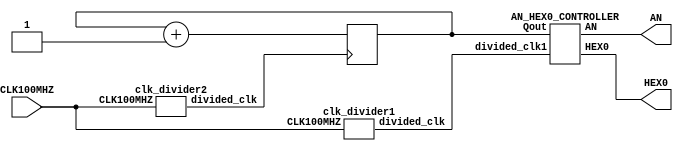
`timescale 1ns / 1ps

module Lab4_Part2(HEX0,AN,CLK100MHZ );
    input CLK100MHZ ; //test benchte 0 dan balat 
    output [0:6] HEX0;
    output [7:0] AN; 
    
    wire divided_clk1 ; 
    wire divided_clk2 ; 
    
    reg [15:0] Qout = 16'b0000000000000000 ; 
    
    clk_divider2 module1 (CLK100MHZ,divided_clk2);
    
    always@(posedge divided_clk2) begin 
        Qout <= Qout +1 ; 
    end 
    
    clk_divider1 module2 (CLK100MHZ,divided_clk1);
    AN_HEX0_CONTROLLER module3 (Qout,divided_clk1,AN,HEX0);
endmodule

module AN_HEX0_CONTROLLER (Qout,divided_clk1,AN,HEX0);

    input [15:0] Qout;
    input divided_clk1;
    output [0:6] HEX0; 
    output [7:0] AN; 
    
    reg [1:0] COUNT = 2'b00;
    reg [7:0] ANN;
    reg [0:6] HEXX; 
    wire [3:0] Part1,Part2,Part3,Part4; 
    
    assign Part1 = Qout[15:12];
    assign Part2 = Qout[11:8];
    assign Part3 = Qout[7:4];
    assign Part4 = Qout[3:0];
    
    always @(posedge divided_clk1) begin 
        if(COUNT == 2'b00) begin 
            ANN <= 8'b11110111;
            HEXX = (Part1 == 4'b0000) ? 7'b0000001:
                  (Part1 == 4'b0001) ? 7'b1001111:
                  (Part1 == 4'b0010) ? 7'b0010010:
                  (Part1 == 4'b0011) ? 7'b0000110:
                  (Part1 == 4'b0100) ? 7'b1001100:
                  (Part1 == 4'b0101) ? 7'b0100100:
                  (Part1 == 4'b0110) ? 7'b0100000:
                  (Part1 == 4'b0111) ? 7'b0001111:
                  (Part1 == 4'b1000) ? 7'b0000000:
                  (Part1 == 4'b1001) ?  7'b0000100:
                  (Part1== 4'b1010) ? 7'b0001000: //10 A
                  (Part1 == 4'b1011) ? 7'b1100000: //11 b
                  (Part1 == 4'b1100) ? 7'b0110001:  //12 C
                  (Part1 == 4'b1101) ? 7'b1000010:  //13 d
                  (Part1 == 4'b1110) ? 7'b0110000:  //14 E
                 (Part1 == 4'b1111) ? 7'b0111000:  //15 F
                  7'bX;
        end 
        else if (COUNT == 2'b01) begin 
            ANN <= 8'b11111011;
            HEXX = (Part2 == 4'b0000) ? 7'b0000001:
                  (Part2 == 4'b0001) ? 7'b1001111:
                  (Part2 == 4'b0010) ? 7'b0010010:
                  (Part2 == 4'b0011) ? 7'b0000110:
                  (Part2 == 4'b0100) ? 7'b1001100:
                  (Part2 == 4'b0101) ? 7'b0100100:
                  (Part2 == 4'b0110) ? 7'b0100000:
                  (Part2 == 4'b0111) ? 7'b0001111:
                  (Part2 == 4'b1000) ? 7'b0000000:
                  (Part2 == 4'b1001) ?  7'b0000100:
                  (Part2== 4'b1010) ? 7'b0001000: //10 A
                  (Part2 == 4'b1011) ? 7'b1100000: //11 b
                  (Part2 == 4'b1100) ? 7'b0110001:  //12 C
                  (Part2 == 4'b1101) ? 7'b1000010:  //13 d
                  (Part2 == 4'b1110) ? 7'b0110000:  //14 E
                 (Part2 == 4'b1111) ? 7'b0111000:  //15 F
                  7'bX;
        end  
        else if ( COUNT == 2'b10 ) begin 
             ANN <= 8'b11111101;
           HEXX = (Part3 == 4'b0000) ? 7'b0000001:
                 (Part3 == 4'b0001) ? 7'b1001111:
                 (Part3 == 4'b0010) ? 7'b0010010:
                 (Part3 == 4'b0011) ? 7'b0000110:
                 (Part3 == 4'b0100) ? 7'b1001100:
                 (Part3 == 4'b0101) ? 7'b0100100:
                 (Part3 == 4'b0110) ? 7'b0100000:
                 (Part3 == 4'b0111) ? 7'b0001111:
                 (Part3 == 4'b1000) ? 7'b0000000:
                 (Part3 == 4'b1001) ?  7'b0000100:
                 (Part3== 4'b1010) ? 7'b0001000: //10 A
                 (Part3 == 4'b1011) ? 7'b1100000: //11 b
                 (Part3 == 4'b1100) ? 7'b0110001:  //12 C
                 (Part3 == 4'b1101) ? 7'b1000010:  //13 d
                 (Part3 == 4'b1110) ? 7'b0110000:  //14 E
                (Part3 == 4'b1111) ? 7'b0111000:  //15 F
                 7'bX;
        end 
        else if (COUNT == 2'b11) begin 
           ANN <= 8'b11111110;
        HEXX = (Part4 == 4'b0000) ? 7'b0000001:
              (Part4 == 4'b0001) ? 7'b1001111:
              (Part4 == 4'b0010) ? 7'b0010010:
              (Part4 == 4'b0011) ? 7'b0000110:
              (Part4 == 4'b0100) ? 7'b1001100:
              (Part4 == 4'b0101) ? 7'b0100100:
              (Part4 == 4'b0110) ? 7'b0100000:
              (Part4 == 4'b0111) ? 7'b0001111:
              (Part4 == 4'b1000) ? 7'b0000000:
              (Part4 == 4'b1001) ?  7'b0000100:
              (Part4== 4'b1010) ? 7'b0001000: //10 A
              (Part4 == 4'b1011) ? 7'b1100000: //11 b
              (Part4 == 4'b1100) ? 7'b0110001:  //12 C
              (Part4 == 4'b1101) ? 7'b1000010:  //13 d
              (Part4 == 4'b1110) ? 7'b0110000:  //14 E
             (Part4 == 4'b1111) ? 7'b0111000:  //15 F
              7'bX;
        end 
        COUNT <= COUNT +1; 
    end 
   assign HEX0 = HEXX; 
   assign AN = ANN ; 
endmodule 

module clk_divider1(
    input wire CLK100MHZ ,
    output reg divided_clk = 0  );
    
    integer counter_value = 0 ; 
    localparam div_value = 50000;
    
    always@ (posedge CLK100MHZ )
    begin 
        if (counter_value == div_value) 
            counter_value <= 0 ; 
        else 
            counter_value <= counter_value +1 ;   
    end 
    always@ (posedge CLK100MHZ ) 
    begin 
        if (counter_value == div_value) 
            divided_clk  <= ~divided_clk;
        else 
            divided_clk  <= divided_clk;
    end 
 endmodule 
 
 
 module clk_divider2(     //faster because of div_value 
     input wire CLK100MHZ ,
     output reg divided_clk = 0  );
     
     integer counter_value = 0 ; 
     localparam div_value = 10000;
     
     always@ (posedge CLK100MHZ )
     begin 
         if (counter_value == div_value) 
             counter_value <= 0 ; 
         else 
             counter_value <= counter_value +1 ;   
     end 
     always@ (posedge CLK100MHZ ) 
     begin 
         if (counter_value == div_value) 
             divided_clk  <= ~divided_clk;
         else 
             divided_clk  <= divided_clk;
     end 
  endmodule